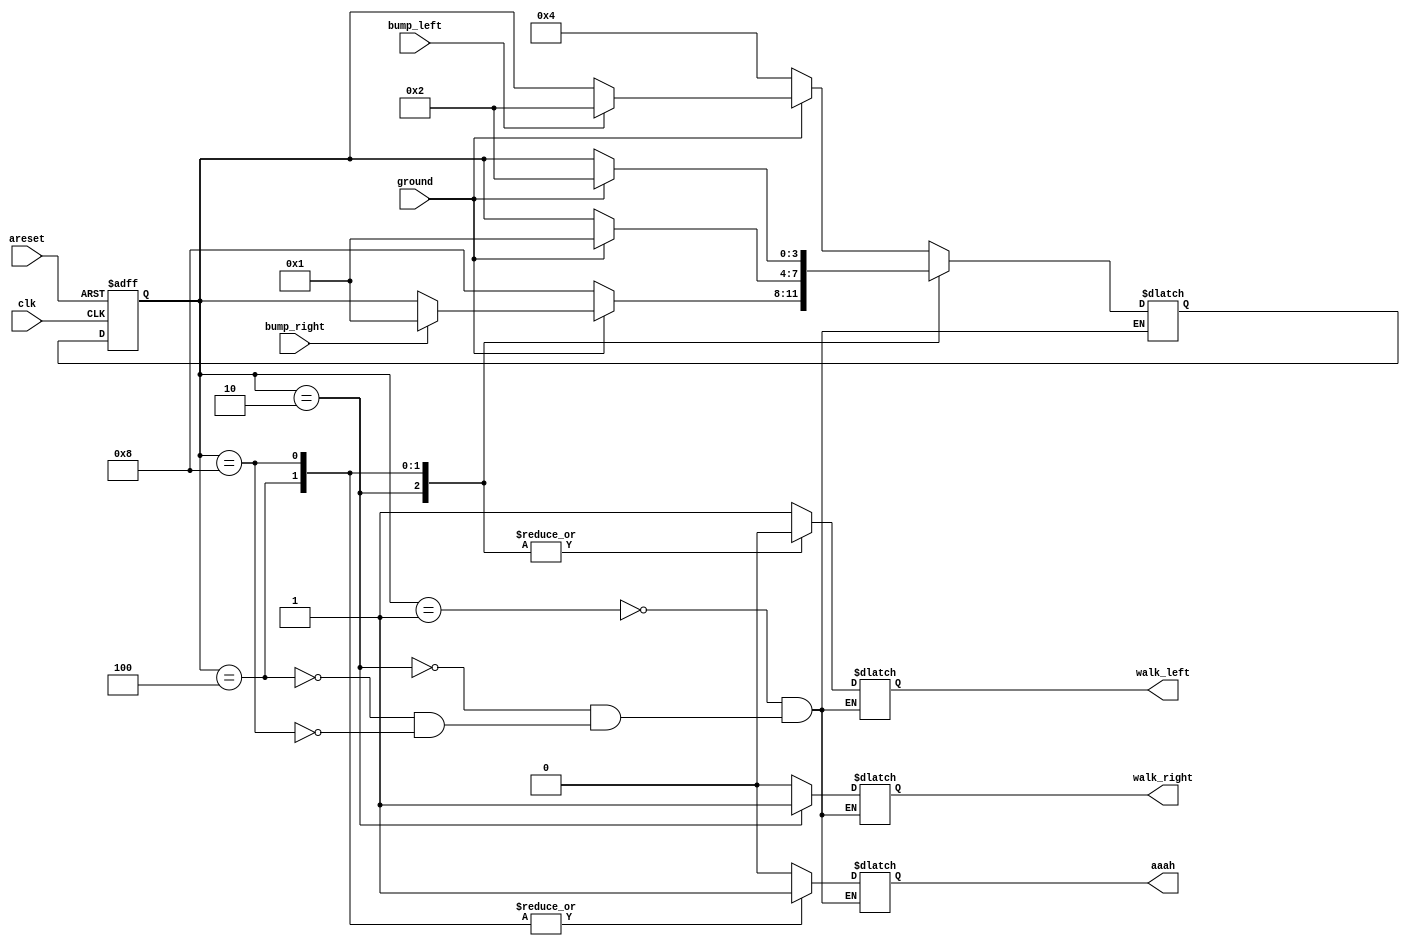
module top_module(
    input clk,
    input areset,    // Freshly brainwashed Lemmings walk left.
    input bump_left,
    input bump_right,
    input ground,
    output walk_left,
    output walk_right,
    output aaah );

    parameter LEFT  = 4'b0001; // state that lemming is walking left
    parameter RIGHT = 4'b0010; // state that lemming is walking right
    parameter FALL_LEFT  = 4'b0100; // state that lemming is falling but before he was walking left
    parameter FALL_RIGHT = 4'b1000; // state that lemming is falling but before he was walking right

    reg [3:0] state, next_state;

    always @(posedge clk, posedge areset) begin
        if (areset) begin
            state <= LEFT;
        end else begin 
            state <= next_state;
        end
    end

   always @(*) begin
        // State transition logic
        case (state)
            LEFT: begin
                if (ground == 1) begin // there is a ground
                    if (bump_left == 1) begin
                        next_state = RIGHT;
                    end else begin
                        next_state = state;
                    end
                end else begin // there is no ground, lemming will fall
                    next_state = FALL_LEFT; 
                end
            end

            RIGHT: begin
                if (ground == 1) begin // there is a ground
                    if (bump_right == 1) begin
                        next_state = LEFT;
                    end else begin
                        next_state = state;
                    end
                end else begin // there is no ground, lemming will fall
                    next_state = FALL_RIGHT; 
                end
            end

            FALL_LEFT: begin
                if (ground == 1) begin
                    next_state = LEFT;
                end else begin
                    next_state = state;
                end
            end

            FALL_RIGHT: begin
                if (ground == 1) begin
                    next_state = RIGHT;
                end else begin
                    next_state = state;
                end
            end
        endcase
    end

    always @(*) begin
        case (state)
            LEFT: begin
                walk_left  = 1;
                walk_right = 0;
                aaah = 0;
            end

            RIGHT: begin
                walk_left  = 0;
                walk_right = 1;
                aaah = 0;
            end

            FALL_LEFT: begin
                walk_left  = 0;
                walk_right = 0;
                aaah = 1;
            end

            FALL_RIGHT: begin
                walk_left  = 0;
                walk_right = 0;
                aaah = 1;
            end
        endcase
    end

endmodule